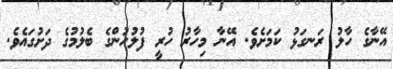
އޭނާގެ ހާލު ރަނގަޅު ކަމަށެވެ. އޭނާ މިހާރު ހުރީ ފުލުހުންގެ ބެލުމުގެ ދަށުގައެވެ.